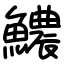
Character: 𩼅